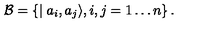
{ \cal B } = \left\{ \mid a _ { i } , a _ { j } \rangle , i , j = 1 \ldots n \right\} .